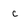
Character: c